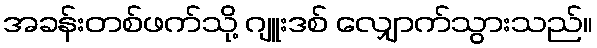
အခန်းတစ်ဖက်သို့ ဂျူးဒစ် လျှောက်သွားသည်။